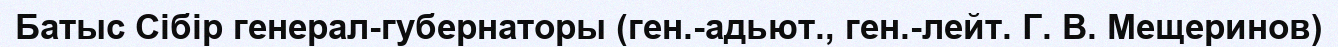
Батыс Сібір генерал-губернаторы (ген.-адьют., ген.-лейт. Г. В. Мещеринов)